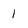
Character: 1